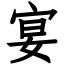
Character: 宴